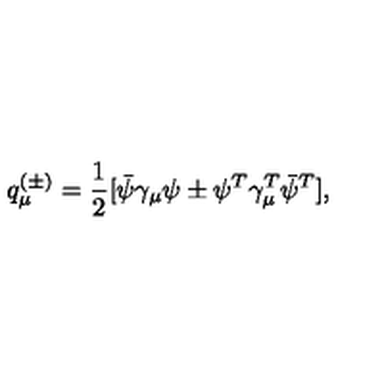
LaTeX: q _ { \mu } ^ { ( \pm ) } = \frac { 1 } { 2 } [ \bar { \psi } \gamma _ { \mu } \psi \pm \psi ^ { T } \gamma _ { \mu } ^ { T } \bar { \psi } ^ { T } ] ,